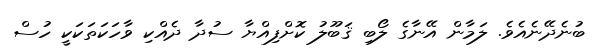
ބުނެދޭނެއެވެ. ލަމާން އޭނާގެ ލޯބި ޤަބޫލު ކޮށްފިއްޔާ ސުދާ ދެއްކި ވާހަކަތަކަކީ ހުސް